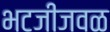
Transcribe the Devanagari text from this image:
भटजीजवळ